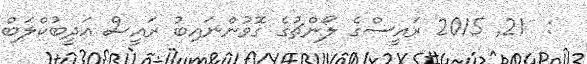
:  21